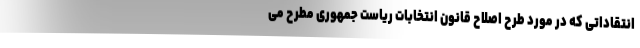
انتقاداتی که در مورد طرح اصلاح قانون انتخابات ریاست جمهوری مطرح می